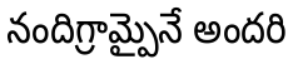
నందిగ్రామ్పైనే అందరి